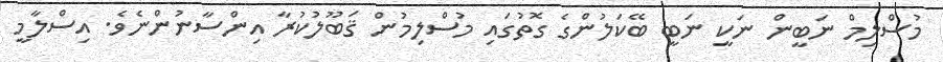
މުސްލިމް ނަބީން ނަކީ ނަބީ ބޭކަލުންގެ ގޮތުގައި މުސްލިމުން ޤަބޫލުކުރާ އިންސާނުންނެވެ. އިސްލާމީ